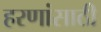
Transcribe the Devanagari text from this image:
हरणांसाठी